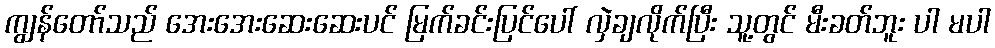
ကျွန်တော်သည် အေးအေးဆေးဆေးပင် မြက်ခင်းပြင်ပေါ် လှဲချလိုက်ပြီး သူ့တွင် မီးခတ်ဘူး ပါ မပါ